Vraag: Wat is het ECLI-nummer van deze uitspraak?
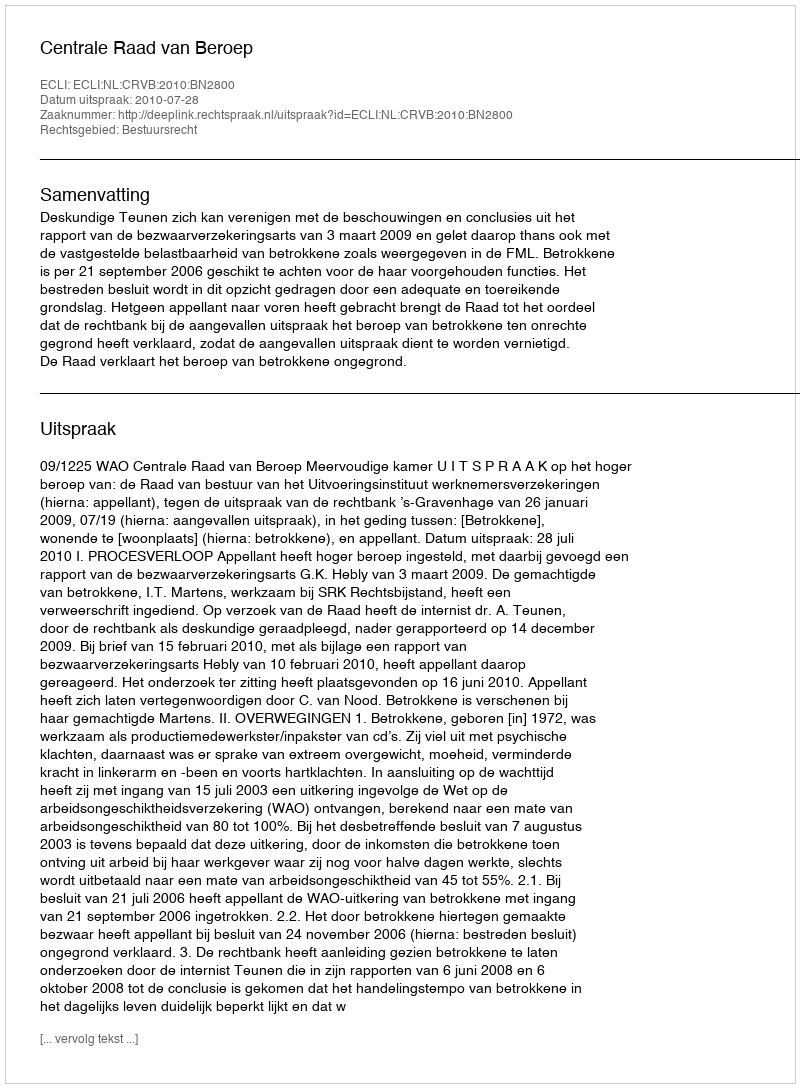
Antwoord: ECLI:NL:CRVB:2010:BN2800